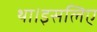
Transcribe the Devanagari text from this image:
था।इसलिए